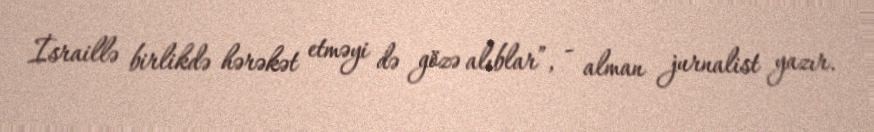
İsraillə birlikdə hərəkət etməyi də gözə alıblar”, - alman jurnalist yazır.